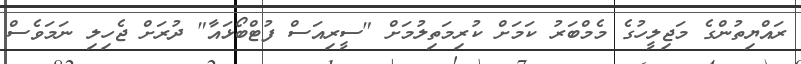
ރައްޔިތުންގެ މަޖިލީހުގެ މެމްބަރު ކަމަށް ކުރިމަތިލުމަށް "ސީރިއަސް ފުޓްބޯޅައާ" ދުރަށް ޖެހިިލި ނަމަވެސް